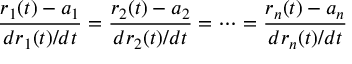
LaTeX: { \frac { r _ { 1 } ( t ) - a _ { 1 } } { d r _ { 1 } ( t ) / d t } } = { \frac { r _ { 2 } ( t ) - a _ { 2 } } { d r _ { 2 } ( t ) / d t } } = \cdots = { \frac { r _ { n } ( t ) - a _ { n } } { d r _ { n } ( t ) / d t } }